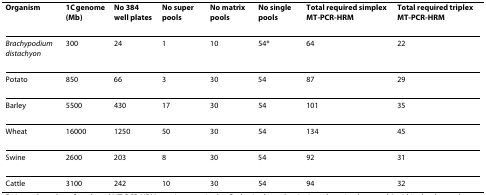
| Organism | 1C genome (Mb) | No 384 well plates | No super pools | No matrix pools | No single pools | Total required simplex MT-PCR-HRM | Total required triplex MT-PCR-HRM |
 | --- | --- | --- | --- | --- | --- | --- | --- |
 | Brachypodium distachyon | 300 | 24 | 1 | 10 | 54* | 64 | 22 |
 | Potato | 850 | 66 | 3 | 30 | 54 | 87 | 29 |
 | Barley | 5500 | 430 | 17 | 30 | 54 | 101 | 35 |
 | Wheat | 16000 | 1250 | 50 | 30 | 54 | 134 | 45 |
 | Swine | 2600 | 203 | 8 | 30 | 54 | 92 | 31 |
 | Cattle | 3100 | 242 | 10 | 30 | 54 | 94 | 32 |